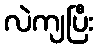
လဲကျပြီး